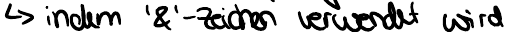
indem '&'-Zeichen verwendet wird